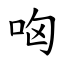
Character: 㕼